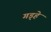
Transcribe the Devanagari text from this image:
गड़्हे